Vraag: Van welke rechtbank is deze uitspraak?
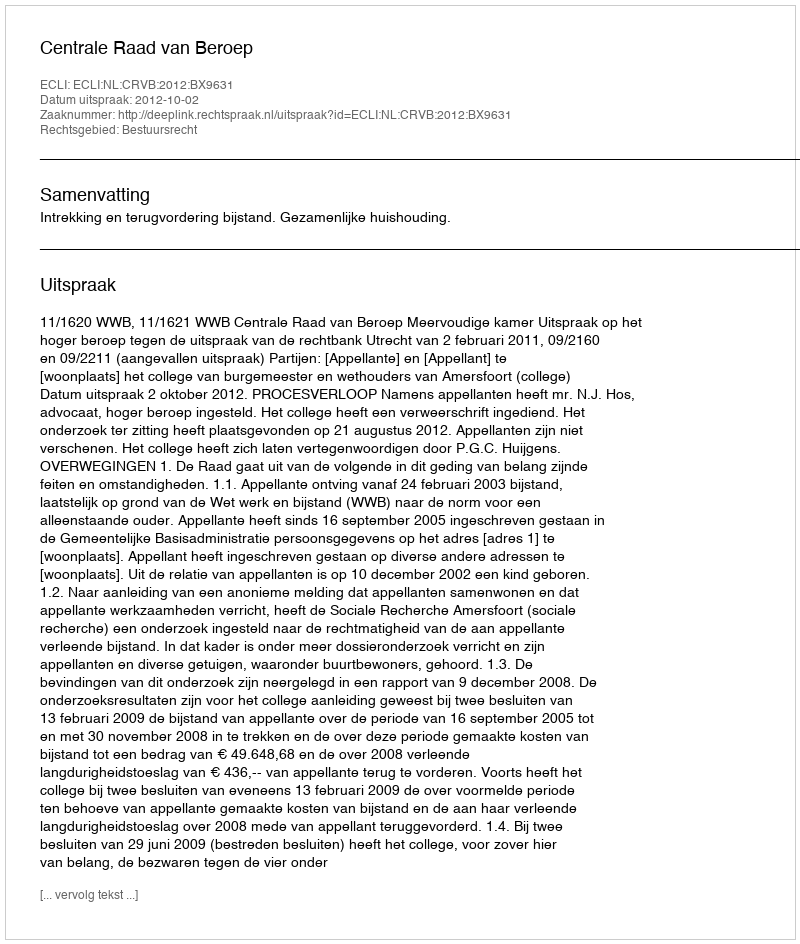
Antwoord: Centrale Raad van Beroep